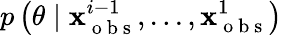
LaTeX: p\left(\theta\mid\mathbf{x}_{\mathrm{{~o~b~s~}}}^{i-1},...,\mathbf{x}_{\mathrm{{~o~b~s~}}}^{1}\right)